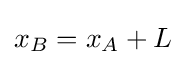
x_{B}=x_{A}+L